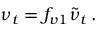
\nu _ { t } = f _ { v 1 } \tilde { \nu } _ { t } \, .